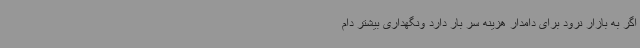
اگر به بازار نرود برای دامدار هزینه سر بار دارد ونگهداری بیشتر دام